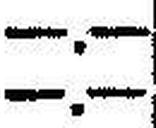
—.—